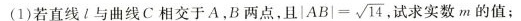
(1)若直线l与曲线C相交于A，B两点，且$$| A B | = \sqrt { 1 4 }$$ 试求实数m的值；